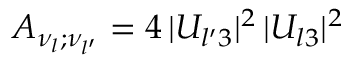
A _ { \nu _ { l } ; \nu _ { l ^ { \prime } } } = 4 \, | U _ { l ^ { \prime } 3 } | ^ { 2 } \, | U _ { l 3 } | ^ { 2 }